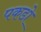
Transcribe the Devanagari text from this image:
पकडो